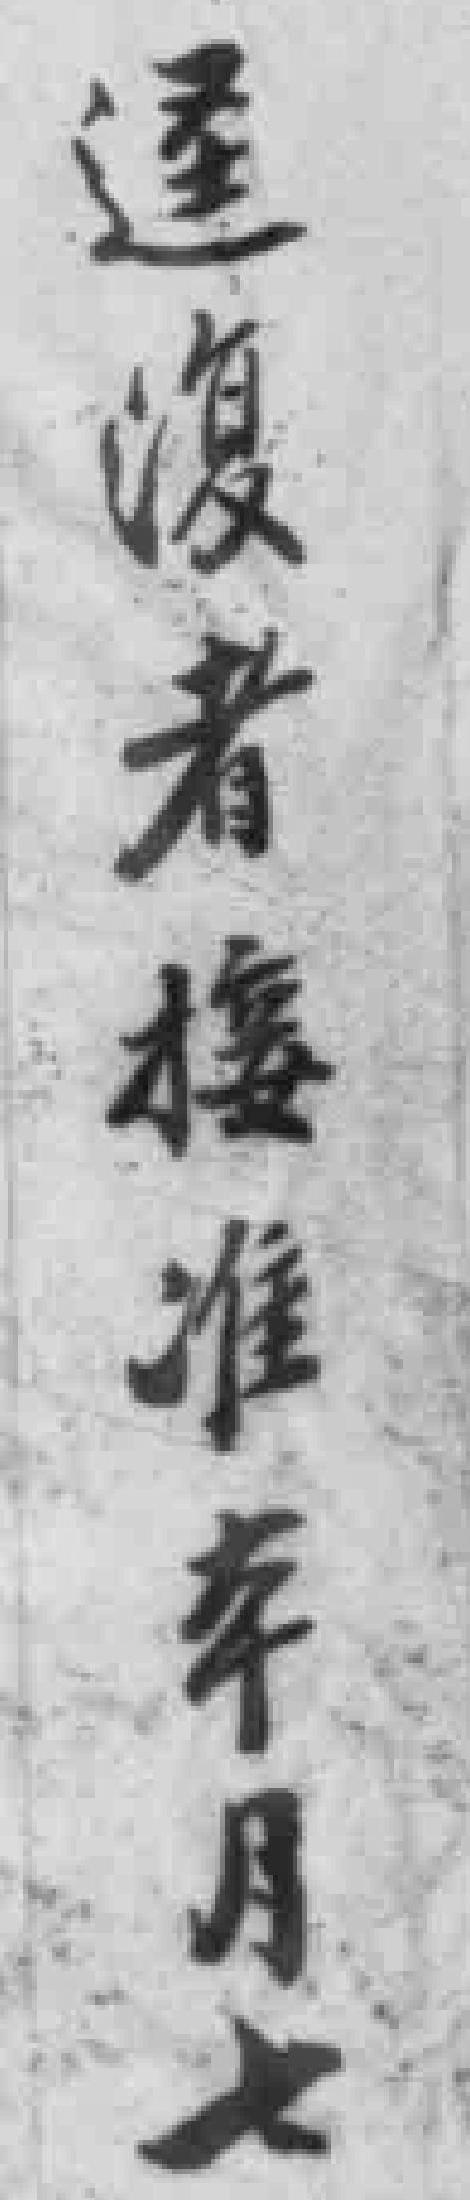
迳復者接准本月七